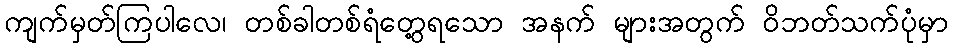
ကျက်မှတ်ကြပါလေ၊ တစ်ခါတစ်ရံတွေ့ရသော အနက် များအတွက် ဝိဘတ်သက်ပုံမှာ